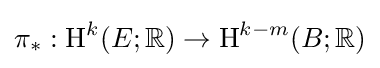
\pi _{*}:\operatorname {H} ^{k}(E;\mathbb {R} )\to \operatorname {H} ^{k-m}(B;\mathbb {R} )